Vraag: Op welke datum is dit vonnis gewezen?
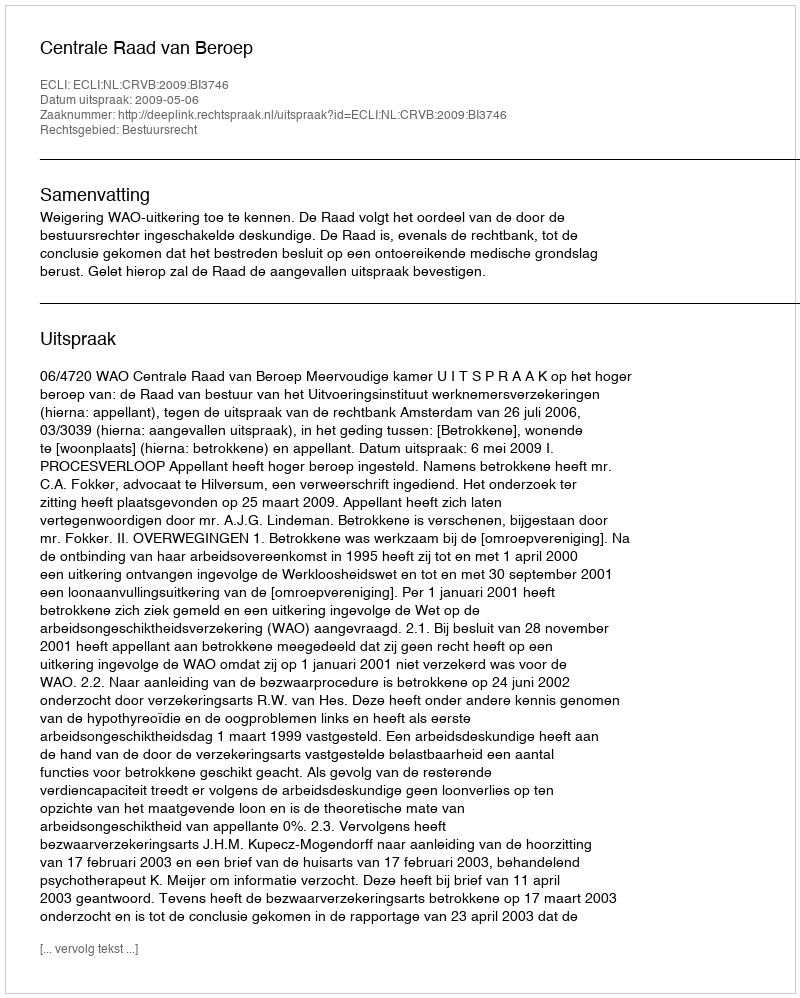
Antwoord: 2009-05-06